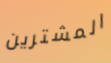
المشترين